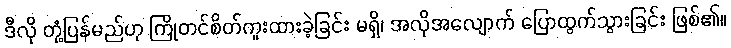
ဒီလို တုံ့ပြန်မည်ဟု ကြိုတင်စိတ်ကူးထားခဲ့ခြင်း မရှိ၊ အလိုအလျောက် ပြောထွက်သွားခြင်း ဖြစ်၏။